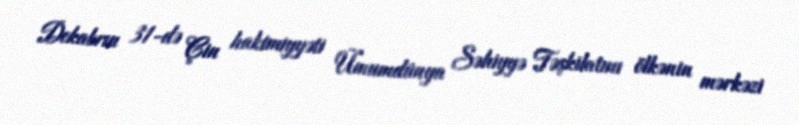
Dekabrın 31-də Çin hakimiyyəti Ümumdünya Səhiyyə Təşkilatını ölkənin mərkəzi